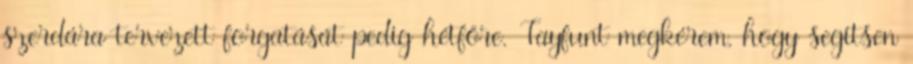
szerdára tervezett forgatását pedig hétfőre. Tayfunt megkérem, hogy segítsen